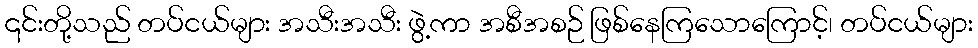
၎င်းတို့သည် တပ်ငယ်များ အသီးအသီး ဖွဲ့ကာ အစီအစဉ် ဖြစ်နေကြသောကြောင့်၊ တပ်ငယ်များ